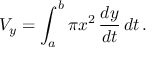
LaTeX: V _ { y } = \int _ { a } ^ { b } \pi x ^ { 2 } \, { \frac { d y } { d t } } \, d t \, .